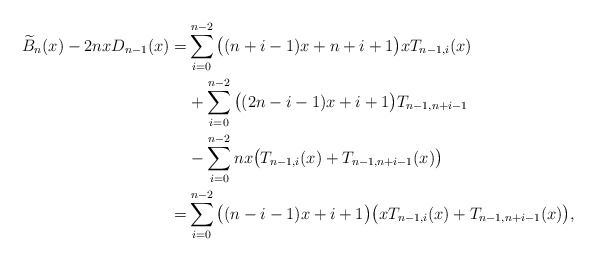
\begin{align*}\widetilde{B}_{n}(x)-2nxD_{n-1}(x) =&\sum_{i=0}^{n-2}\big((n+i-1)x+n+i+1\big)xT_{n-1,i}(x)\\ & +\sum_{i=0}^{n-2}\big((2n-i-1)x+i+1\big)T_{n-1,n+i-1}\\ & -\sum_{i=0}^{n-2}nx\big(T_{n-1,i}(x)+T_{n-1,n+i-1}(x)\big)\\=& \sum_{i=0}^{n-2} \big( (n-i-1)x+i+1 \big) \big( xT_{n-1,i}(x)+T_{n-1,n+i-1}(x) \big),\end{align*}